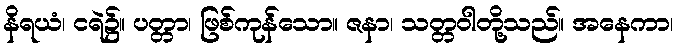
နိရယံ၊ ငရဲ၌။ ပတ္တာ၊ ဖြစ်ကုန်သော။ ဇနာ၊ သတ္တဝါတို့သည်။ အနေကာ၊